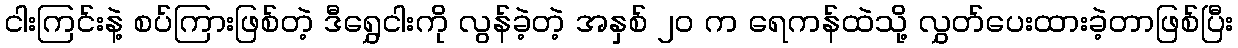
ငါးကြင်းနဲ့ စပ်ကြားဖြစ်တဲ့ ဒီရွှေငါးကို လွန်ခဲ့တဲ့ အနှစ် ၂၀ က ရေကန်ထဲသို့ လွှတ်ပေးထားခဲ့တာဖြစ်ပြီး